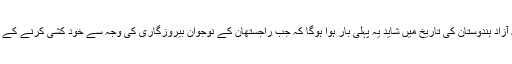
انہوںںے کہاکہ آزاد ہندوستان کی تاریخ میں شاید یہ پہلی بار ہوا ہوگا کہ جب راجستھان کے نوجوان بیروزگاری کی وجہ سے خود کشی کرنے کے لیے مجبور ہیں۔